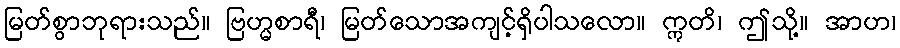
မြတ်စွာဘုရားသည်။ ဗြဟ္မစာရီ၊ မြတ်သောအကျင့်ရှိပါသလော။ ဣတိ၊ ဤသို့။ အာဟ၊